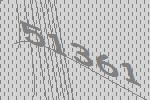
51361